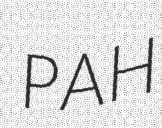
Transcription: РАН